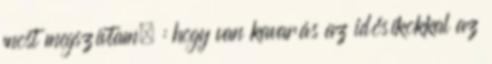
most megszívtam. : hogy van kavarás az idősíkokkal az